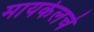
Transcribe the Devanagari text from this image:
मायकेलचे